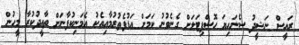
ރައީސް ނަޝީދު ސެނަހިޔަ ހޮސްޕިޓަލަށް ގެނެވުނު ކަމަށް އަޑުފެތުރުމާއިއެކު އެމަނިކުފާނަށް ތާއީދުކުރާ މީހުން